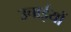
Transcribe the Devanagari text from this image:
उचाईयों